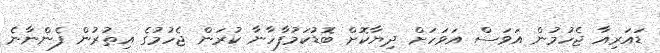
ޑައަރިއާ ޖެހުމުން އަވަސް އަވަހަށް ދިޔާކޮށް ބޮޑުކަމުފާހާނާ ކުރަން ޖެހުމުގެ އިތުރުން ފެންނާނެ